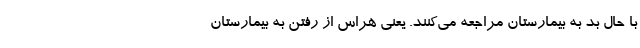
با حال بد به بیمارستان مراجعه می‌کنند. یعنی هراس از رفتن به بیمارستان